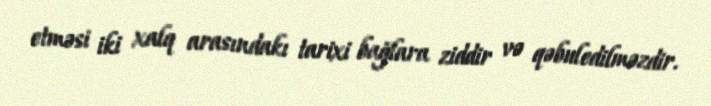
etməsi iki xalq arasındakı tarixi bağlara ziddir və qəbuledilməzdir.